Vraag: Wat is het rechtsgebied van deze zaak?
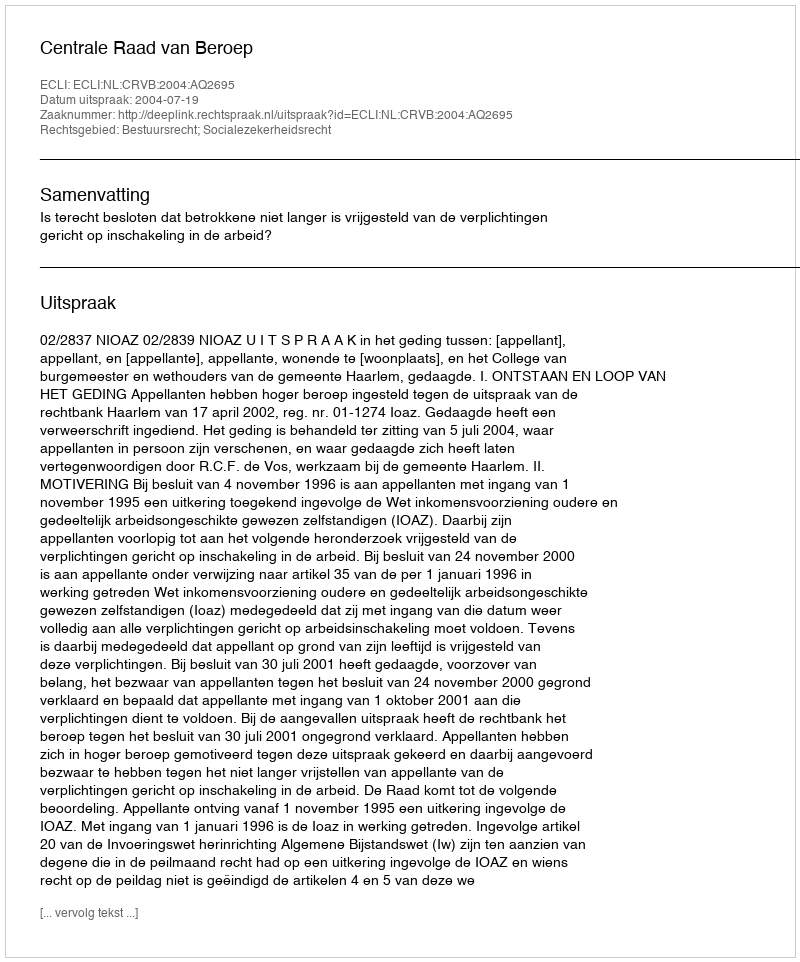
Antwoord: Bestuursrecht; Socialezekerheidsrecht